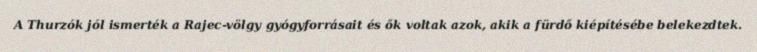
A Thurzók jól ismerték a Rajec-völgy gyógyforrásait és ők voltak azok, akik a fürdő kiépítésébe belekezdtek.